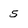
Character: 5